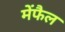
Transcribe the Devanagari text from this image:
मेंफैल